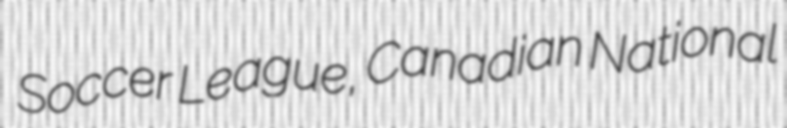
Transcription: Soccer League, Canadian National